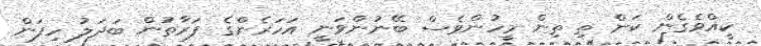
ކީއްވެގެން ކަން ތި ތިން މީހުންވެސް ބޭނުންވަނީ އަހަރެންގެ ފަރާތުން ބަދަލު ހިފަން